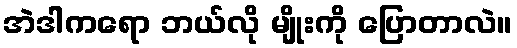
အဲဒါကရော ဘယ်လို မျိုးကို ပြောတာလဲ။